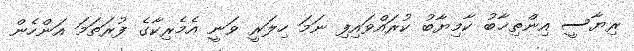
ރިޔާސީ އިންތިޚާބު ކާމިޔާބު ކުރައްވަައިފި ނަމަ ހިލަރީ ވަނީ އެމެރިކާގެ ފުރަތަމަ އަންހެން